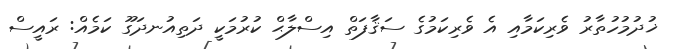
ޚުދުމުހުތާރު ވެރިކަމާއި އެ ވެރިކަމުގެ ސަޤާފަތް އިސްލާޙް ކުުރުމަކީ ދަތިއުނދަގޫ ކަމެއް: ރައީސް